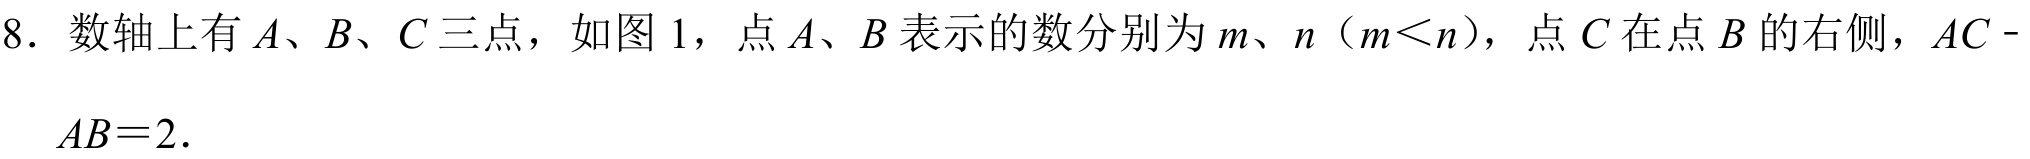
8. 数轴上有\(A、B、C\)三点，如图1，点\(A、B\)表示的数分别为\(m、n\)（\(m < n\)），点\(C\)在点\(B\)的右侧，\(AC - AB = 2\).